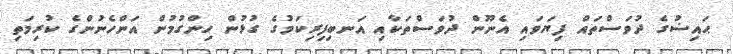
ޙައިޟުގެ ދުވަސްތައް ފިޔަވައި އެނޫން ދުވަސްތަކާއި އަނބިފިރިކަމުގެ ގުޅުން ހިންގުމުން އަންހެނުންގެ ކުރިމަތި